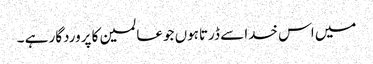
میں اس خدا سے ڈرتاہوں جوعالمین کا پروردگار ہے ۔